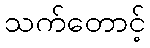
သက်တောင့်